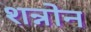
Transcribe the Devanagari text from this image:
शन्नोन